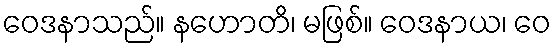
ဝေဒနာသည်။ နဟောတိ၊ မဖြစ်။ ဝေဒနာယ၊ ဝေ